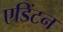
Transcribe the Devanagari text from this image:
एडिंटन